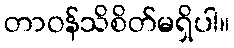
တာဝန်သိစိတ်မရှိပါ။